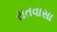
રાતવાસા